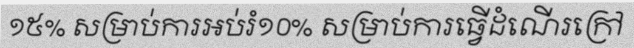
១៥% សម្រាប់ការអប់រំ១០% សម្រាប់ការធ្វើដំណើរក្រៅ